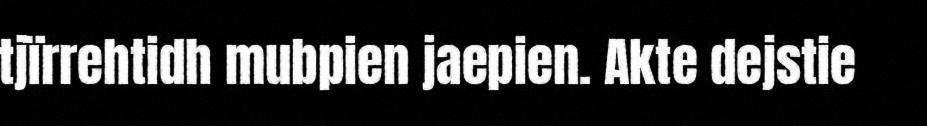
tjïrrehtidh mubpien jaepien. Akte dejstie